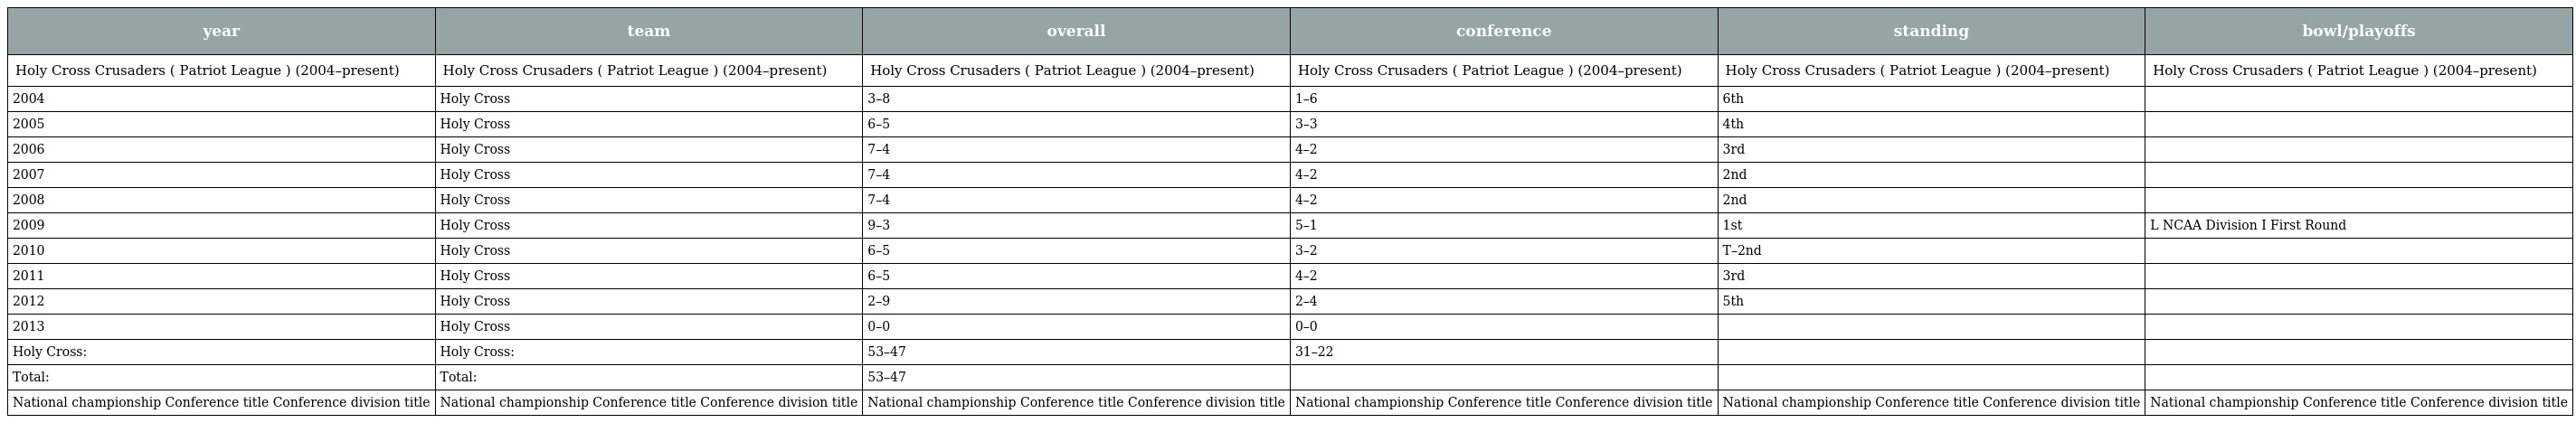
| year | team | overall | conference | standing | bowl/playoffs |
 | --- | --- | --- | --- | --- | --- |
 | Holy Cross Crusaders ( Patriot League ) (2004–present) | Holy Cross Crusaders ( Patriot League ) (2004–present) | Holy Cross Crusaders ( Patriot League ) (2004–present) | Holy Cross Crusaders ( Patriot League ) (2004–present) | Holy Cross Crusaders ( Patriot League ) (2004–present) | Holy Cross Crusaders ( Patriot League ) (2004–present) |
 | 2004 | Holy Cross | 3–8 | 1–6 | 6th |  |
 | 2005 | Holy Cross | 6–5 | 3–3 | 4th |  |
 | 2006 | Holy Cross | 7–4 | 4–2 | 3rd |  |
 | 2007 | Holy Cross | 7–4 | 4–2 | 2nd |  |
 | 2008 | Holy Cross | 7–4 | 4–2 | 2nd |  |
 | 2009 | Holy Cross | 9–3 | 5–1 | 1st | L NCAA Division I First Round |
 | 2010 | Holy Cross | 6–5 | 3–2 | T–2nd |  |
 | 2011 | Holy Cross | 6–5 | 4–2 | 3rd |  |
 | 2012 | Holy Cross | 2–9 | 2–4 | 5th |  |
 | 2013 | Holy Cross | 0–0 | 0–0 |  |  |
 | Holy Cross: | Holy Cross: | 53–47 | 31–22 |  |  |
 | Total: | Total: | 53–47 |  |  |  |
 | National championship Conference title Conference division title | National championship Conference title Conference division title | National championship Conference title Conference division title | National championship Conference title Conference division title | National championship Conference title Conference division title | National championship Conference title Conference division title |